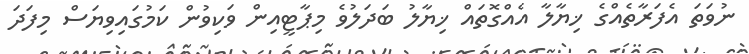
ނުވަތަ އެފަރާތެއްގެ ޚިޔާލާ އެއްގޮތައް ޚިޔާލު ބަދަލުވެ މިޕާޓީއިން ވަކިވުން ކަމުގައިވިޔަސް މިފަދަ